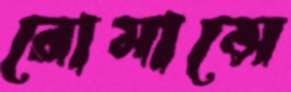
রোমান্সে